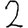
Digit: 2